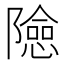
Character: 𨼶